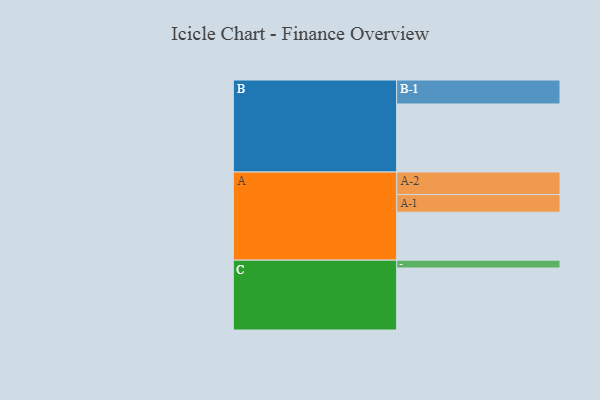
{"axis": {"x": "Segment", "y": "Value"}, "legend": ["", "A", "B", "C"], "data": [{"x": "A", "y": 374, "type": ""}, {"x": "B", "y": 530, "type": ""}, {"x": "C", "y": 483, "type": ""}, {"x": "A-1", "y": 137, "type": "A"}, {"x": "A-2", "y": 176, "type": "A"}, {"x": "B-1", "y": 187, "type": "B"}, {"x": "C-1", "y": 61, "type": "C"}]}